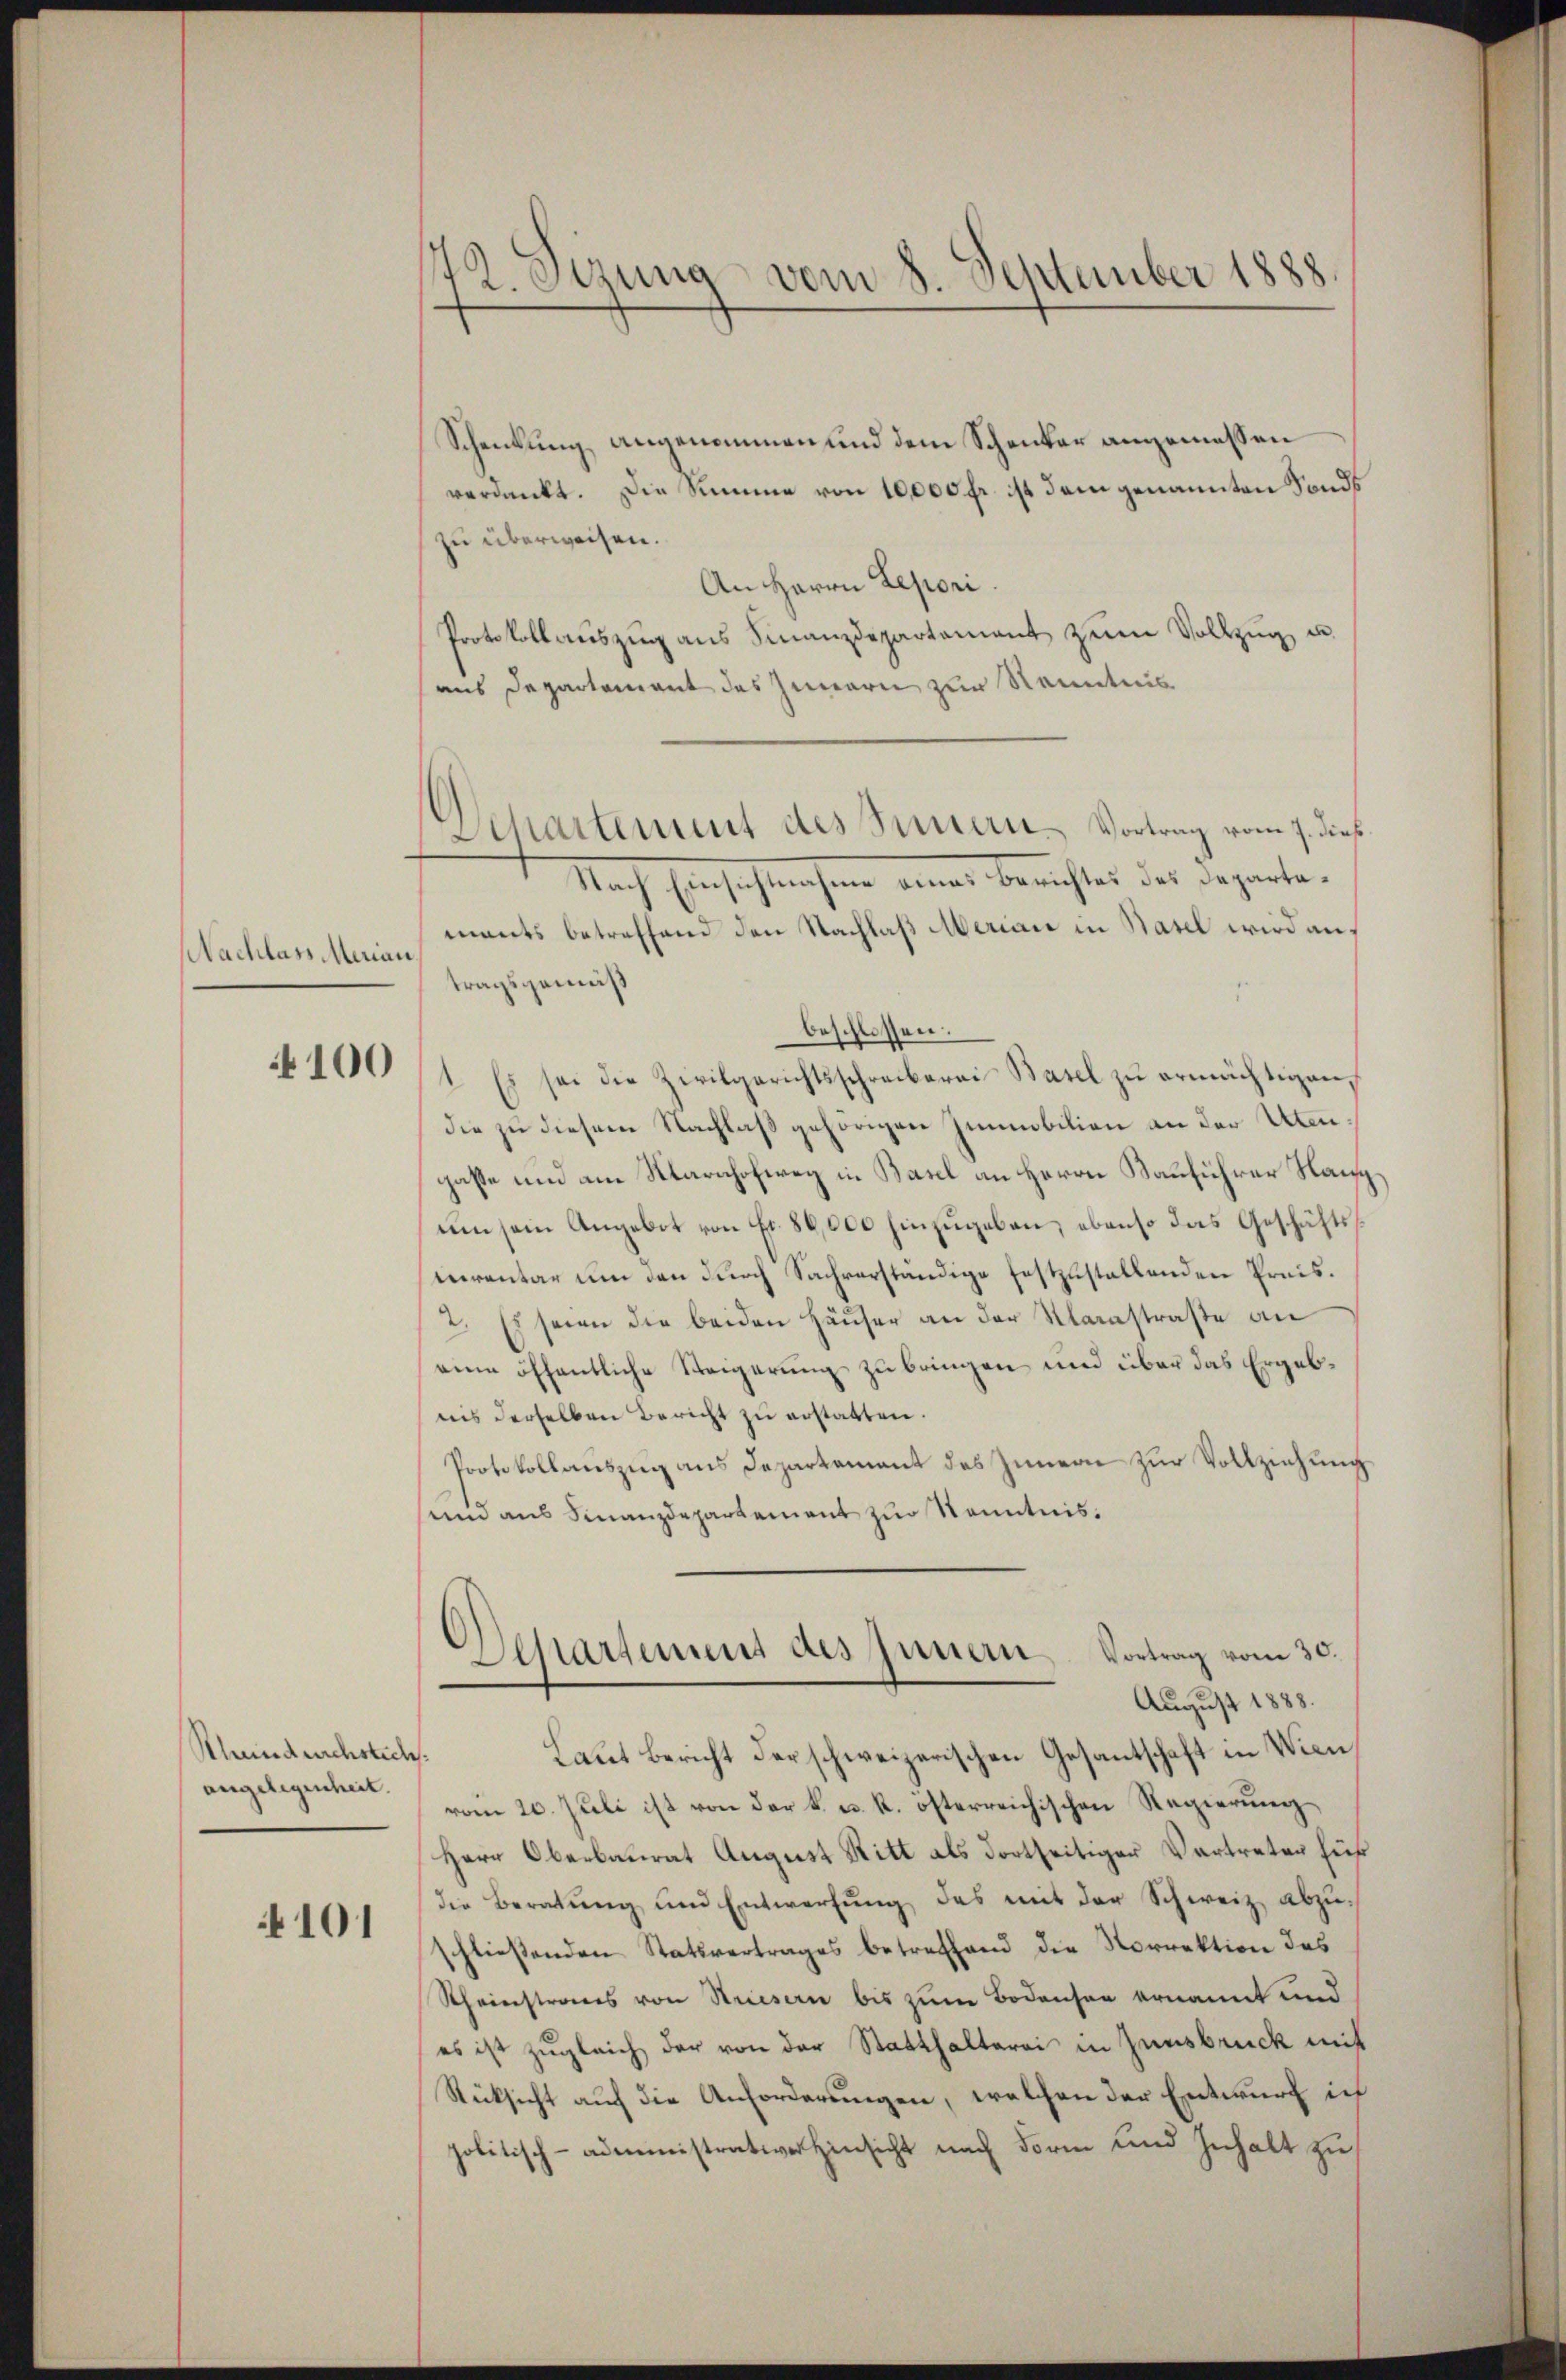
Nachlass Merian

100

Khundeichstich.
angelegenheit.

101

72 Sezung vom 8. September 1888.

Schenkung angenommen und dem Schenker angemessen
verdankt. Die Summe von 10,000 fr. ist dem genannten Fonds
zu überweisen.
An Herrn Lepori.
Protokoll aŭszŭg ans Finanzdepartement zŭm Vollzŭg u.
aus Departement des Innern zur Kenntnis
Nach Einschmachen einen Berichtes der Departen.
mants betreffend den Nachlaß Merian in Basel wird auf
tragsgemäß
beschlossen.
1. Es sei die Zivilgerichtsschreiberei Basel zŭ ermächtigen,
die zu diesem Nachlaß gehörigen Zimmobilien an der Utenpasse und am Marahofweg in Basel an Herrn Bauführer Han
ŭm sein Angebot von Fr. 86,000 hinzŭgeben, ebenso das Geschäftseventar um den durch Sachverständige festzustellenden Preis¬
2. Es seien die beiden Häŭser an der Klarastraße an
eine öffentliche Steigerung zu bringen und über das Ergebins derselben Bericht zu erstatten.
Protokollauszug aus Departement des Innern zur Vollziehung
und aus Finanzdepartement zur Kenntnis¬
)
Separtemens des Innern Vortrag vom 30.
August 1888.
Laut Bericht der schweizerischen Gesantschaft in Wien,
vom 20. Juli ist von der k. u. k. österreichischen Regierung
Herr Oberbaurat August Ritt als dortseitiger Vertreter für
die Beratŭng und Entwerfŭng des mit der Schweiz abzuschließenden Statsvertrages betreffend die Norrektion des
Rheinstrages von Striesern bis zum Bodensen ernannt und
es ist zugleich der von der Statthalterei in Innsbruck mit
Rücksicht auch die Anforderungen, welchen der Entwurf in
politisch-administrativer Hinsicht nach Form und Inhalt zu

Departement des Sauern Vortrag vom 7. dieß